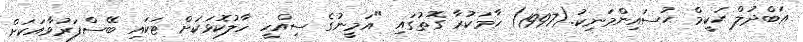
ޢަބްދުލް ޙަކީމް ޙުސައިންމަނިކު.(1997) ހާމަކުރާ ގޮތުގައި "އަމީނުގެ ސިއްހީ ހާލުކޮޅަކަށް ޓަކައި ބޭސްފަރުވާއަކަށް